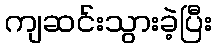
ကျဆင်းသွားခဲ့ပြီး